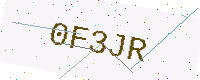
Text: 0F3JR